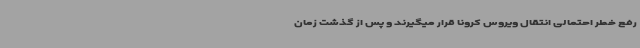
رفع خطر احتمالی انتقال ویروس کرونا قرار میگیرند و پس از گذشت زمان